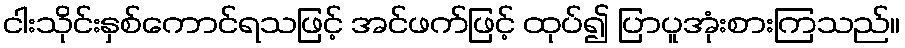
ငါးသိုင်းနှစ်ကောင်ရသဖြင့် အင်ဖက်ဖြင့် ထုပ်၍ ပြာပူအုံးစားကြသည်။